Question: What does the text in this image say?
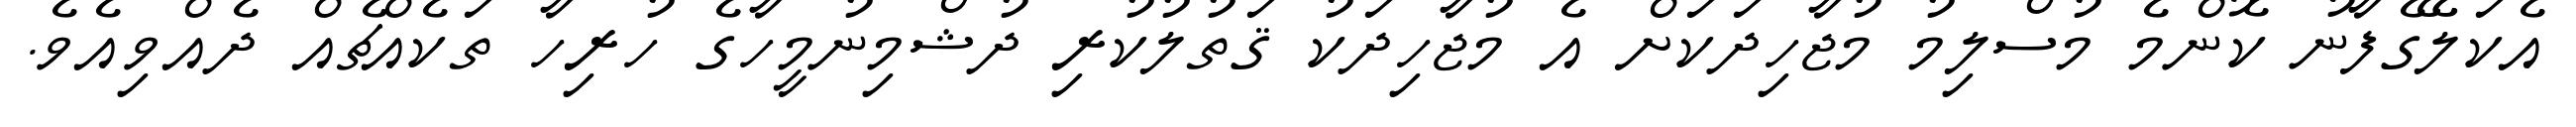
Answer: އެކަލޭގެފާނު ކޮންމެ މުސްލިމު މުޖާހިދަކަށް އެ މުޖާހިދަކު ޤަތުލުކުރި ދުޝްމިނުމީހާގެ ހުރިހާ ތަކެއްޗެއް ދެއްވިއެވެ.